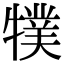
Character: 㹒